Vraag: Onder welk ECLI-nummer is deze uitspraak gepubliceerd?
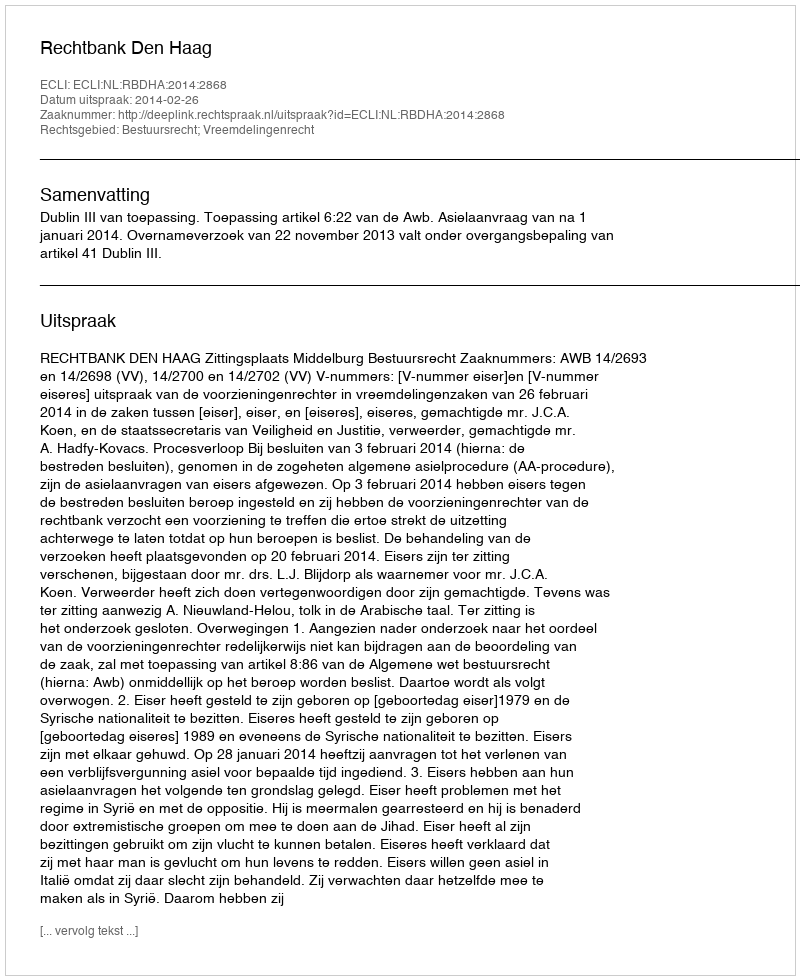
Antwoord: ECLI:NL:RBDHA:2014:2868